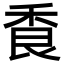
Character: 𦫌